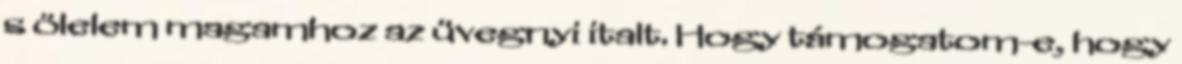
s ölelem magamhoz az üvegnyi italt. Hogy támogatom-e, hogy